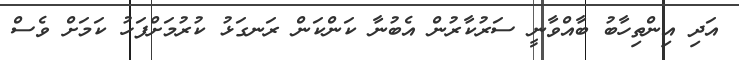
އަދި އިންތިހާބު ބާއްވާނީ ސަރުކާރުން އެބުނާ ކަންކަން ރަނގަޅު ކުރުމަށްފަހު ކަމަށް ވެސް